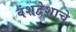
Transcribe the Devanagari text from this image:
वंशद्वेशाचे